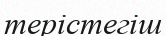
терістегіш